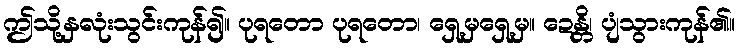
ဤသို့နှလုံးသွင်းကုန်၍။ ပုရတော ပုရတော၊ ရှေ့မှရှေ့မှ။ ဍေန္တိ၊ ပျံသွားကုန်၏။